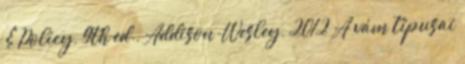
& Policy, 9th ed., Addison-Wesley, 2012 A vám típusai